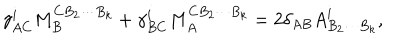
\gamma _ { A C } ^ { i } M _ { B } ^ { C B _ { 2 } \cdots B _ { k } } + \gamma _ { B C } ^ { i } M _ { A } ^ { C B _ { 2 } \cdots B _ { k } } = 2 \delta _ { A B } { A } _ { B _ { 2 } \cdots B _ { k } } ^ { i } ,